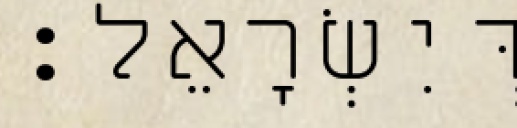
דְּיִשְׂרָאֵל׃